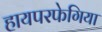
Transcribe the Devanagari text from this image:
हायपरफेगिया